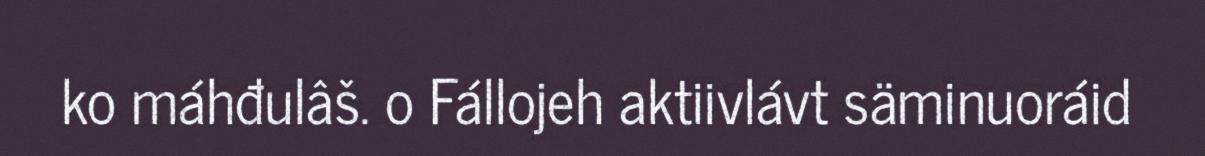
ko máhđulâš. o Fállojeh aktiivlávt säminuoráid